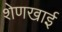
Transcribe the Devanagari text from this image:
शेणखाई